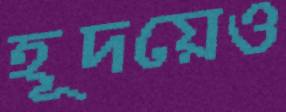
হূদয়েও